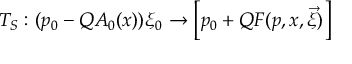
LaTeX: T _ { S } : ( p _ { 0 } - Q A _ { 0 } ( x ) ) \xi _ { 0 } \rightarrow \Big [ p _ { 0 } + Q F ( p , x , \vec { \xi } ) \Big ]